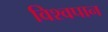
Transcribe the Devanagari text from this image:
विश्वपान